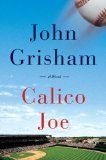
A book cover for Calico Joe by Grisham, John [Hardcover]; John.. Grisham; Literature & Fiction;